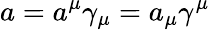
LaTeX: a=a^{\mu}\gamma_{\mu}=a_{\mu}\gamma^{\mu}